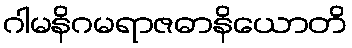
ဂါမနိဂမရာဇဓာနိယောတိ